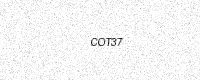
Text: COT37